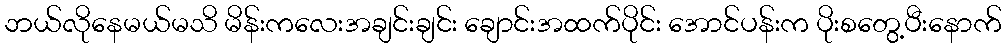
ဘယ်လိုနေမယ်မသိ မိန်းကလေးအချင်းချင်း ချောင်းအထက်ပိုင်း အောင်ပန်းက ပိုးစတွေ့ပီးနောက်